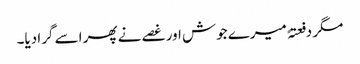
مگر دفعتہً میرے جوش اور غصے نے پھر اسے گرا دیا۔